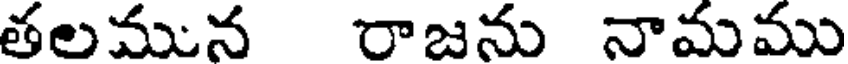
తలమున రాజను నామము